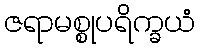
ဇရာမစ္စုပရိက္ခယံ